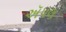
ઍપલ